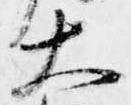
大